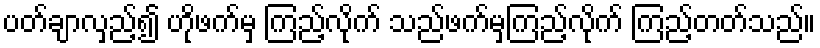
ပတ်ချာလှည့်၍ ဟိုဖက်မှ ကြည့်လိုက် သည်ဖက်မှကြည့်လိုက် ကြည့်တတ်သည်။